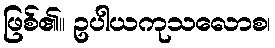
ဖြစ်၏။ ဥပါယကုသလောစ၊